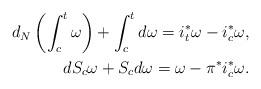
LaTeX: \begin{align*}d_{N}\left(\int_{c}^{t}\omega\right)+\int_{c}^{t}d\omega=i{}_{t}^{*}\omega-i_{c}^{*}\omega,\\dS_{c}\omega+S_{c}d\omega=\omega-\pi^{*}i_{c}^{*}\omega.\end{align*}